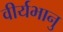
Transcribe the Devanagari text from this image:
वीर्यभानु